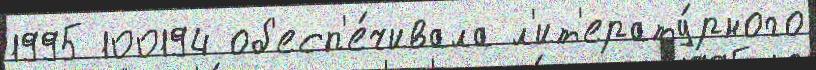
1995 100194 об'есп'е́чивала л'ит'ерату́рного